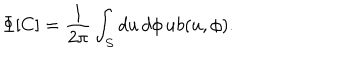
LaTeX: \Phi [ C ] = \frac { 1 } { 2 \pi } \int _ { S } d u \, d \phi \, u b ( u , \phi ) .